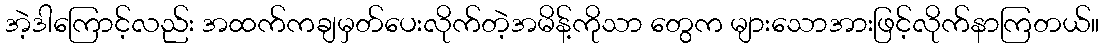
အဲ့ဒါကြောင့်လည်း အထက်ကချမှတ်ပေးလိုက်တဲ့အမိန့်ကိုသာ တွေက များသောအားဖြင့်လိုက်နာကြတယ်။